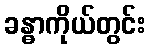
ခန္ဓာကိုယ်တွင်း